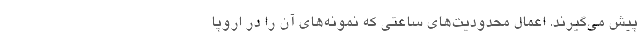
پیش می‌گیرند. اعمال محدودیت‌های ساعتی که نمونه‌های آن را در اروپا